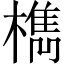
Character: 檇